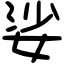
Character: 娑